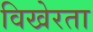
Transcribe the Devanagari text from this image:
विखेरता